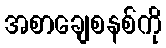
အစာချေစနစ်ကို